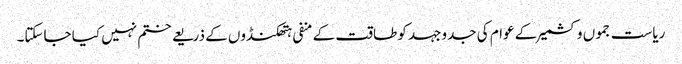
ریاست جموں وکشمیر کے عوام کی جدوجہد کو طاقت کے منفی ہتھکنڈوں کے ذریعے ختم نہیں کیا جاسکتا۔